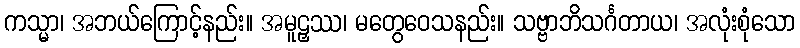
ကသ္မာ၊ အဘယ်ကြောင့်နည်း။ အမူဠှဿ၊ မတွေဝေသနည်း။ သဗ္ဗာဘိသင်္ဂတာယ၊ အလုံးစုံသော